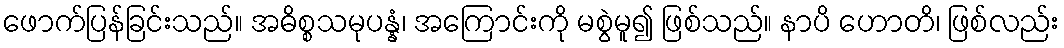
ဖောက်ပြန်ခြင်းသည်။ အဓိစ္စသမုပန္နံ၊ အကြောင်းကို မစွဲမူ၍ ဖြစ်သည်။ နာပိ ဟောတိ၊ ဖြစ်လည်း